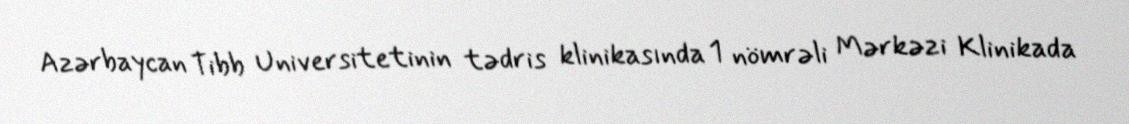
Azərbaycan Tibb Universitetinin tədris klinikasında 1 nömrəli Mərkəzi Klinikada